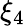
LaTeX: \xi_{4}